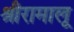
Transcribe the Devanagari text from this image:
श्रीरामालू